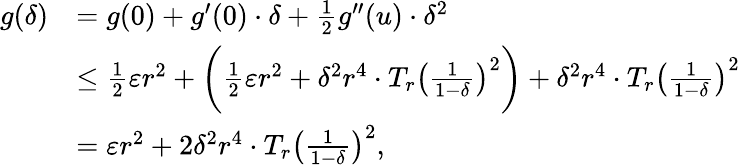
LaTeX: \begin{array}{rl}{g(\delta)}&{=g(0)+g^{\prime}(0)\cdot\delta+\frac{1}{2}g^{\prime\prime}(u)\cdot\delta^{2}}\\ &{\leq\frac{1}{2}\varepsilon r^{2}+\bigg(\frac{1}{2}\varepsilon r^{2}+\delta^{2}r^{4}\cdot T_{r}\big(\frac{1}{1-\delta}\big)^{2}\bigg)+\delta^{2}r^{4}\cdot T_{r}\big(\frac{1}{1-\delta}\big)^{2}}\\ &{=\varepsilon r^{2}+2\delta^{2}r^{4}\cdot T_{r}\big(\frac{1}{1-\delta}\big)^{2},}\end{array}